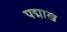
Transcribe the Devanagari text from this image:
पद्माख